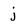
Character: j